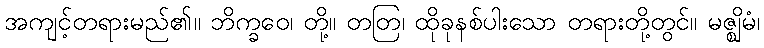
အကျင့်တရားမည်၏။ ဘိက္ခဝေ၊ တို့။ တတြ၊ ထိုခုနစ်ပါးသော တရားတို့တွင်။ မဇ္ဈိမံ၊